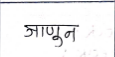
मजकूर: जाणून